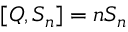
[ Q , S _ { n } ] = n S _ { n }